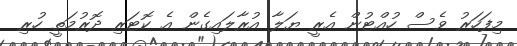
މިފަހަރު ވެސް ހުއްޓުން އެރީ ޔަލާ އުރާލައިގެން އެ ކޮޓަރި ދޮރުމަތީ ހުރި